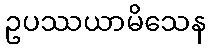
ဥပဿယာမိသေန